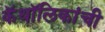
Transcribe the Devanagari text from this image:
कॅथॉलिकांची